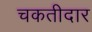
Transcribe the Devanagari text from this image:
चकतीदार